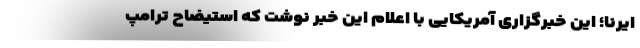
ایرنا؛ این خبرگزاری آمریکایی با اعلام این خبر نوشت که استیضاح ترامپ